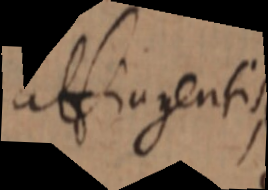
altiagentis